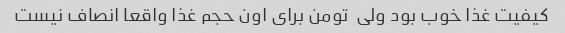
کیفیت غذا خوب بود ولی  تومن برای اون حجم غذا واقعا انصاف نیست